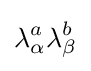
\lambda _{\alpha }^{a}\lambda _{\beta }^{b}